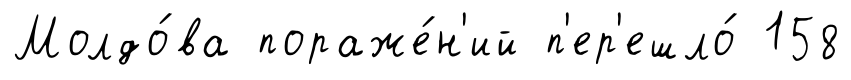
Молдо́ва пораже́н'ий п'ер'ешло́ 158